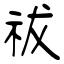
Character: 祓